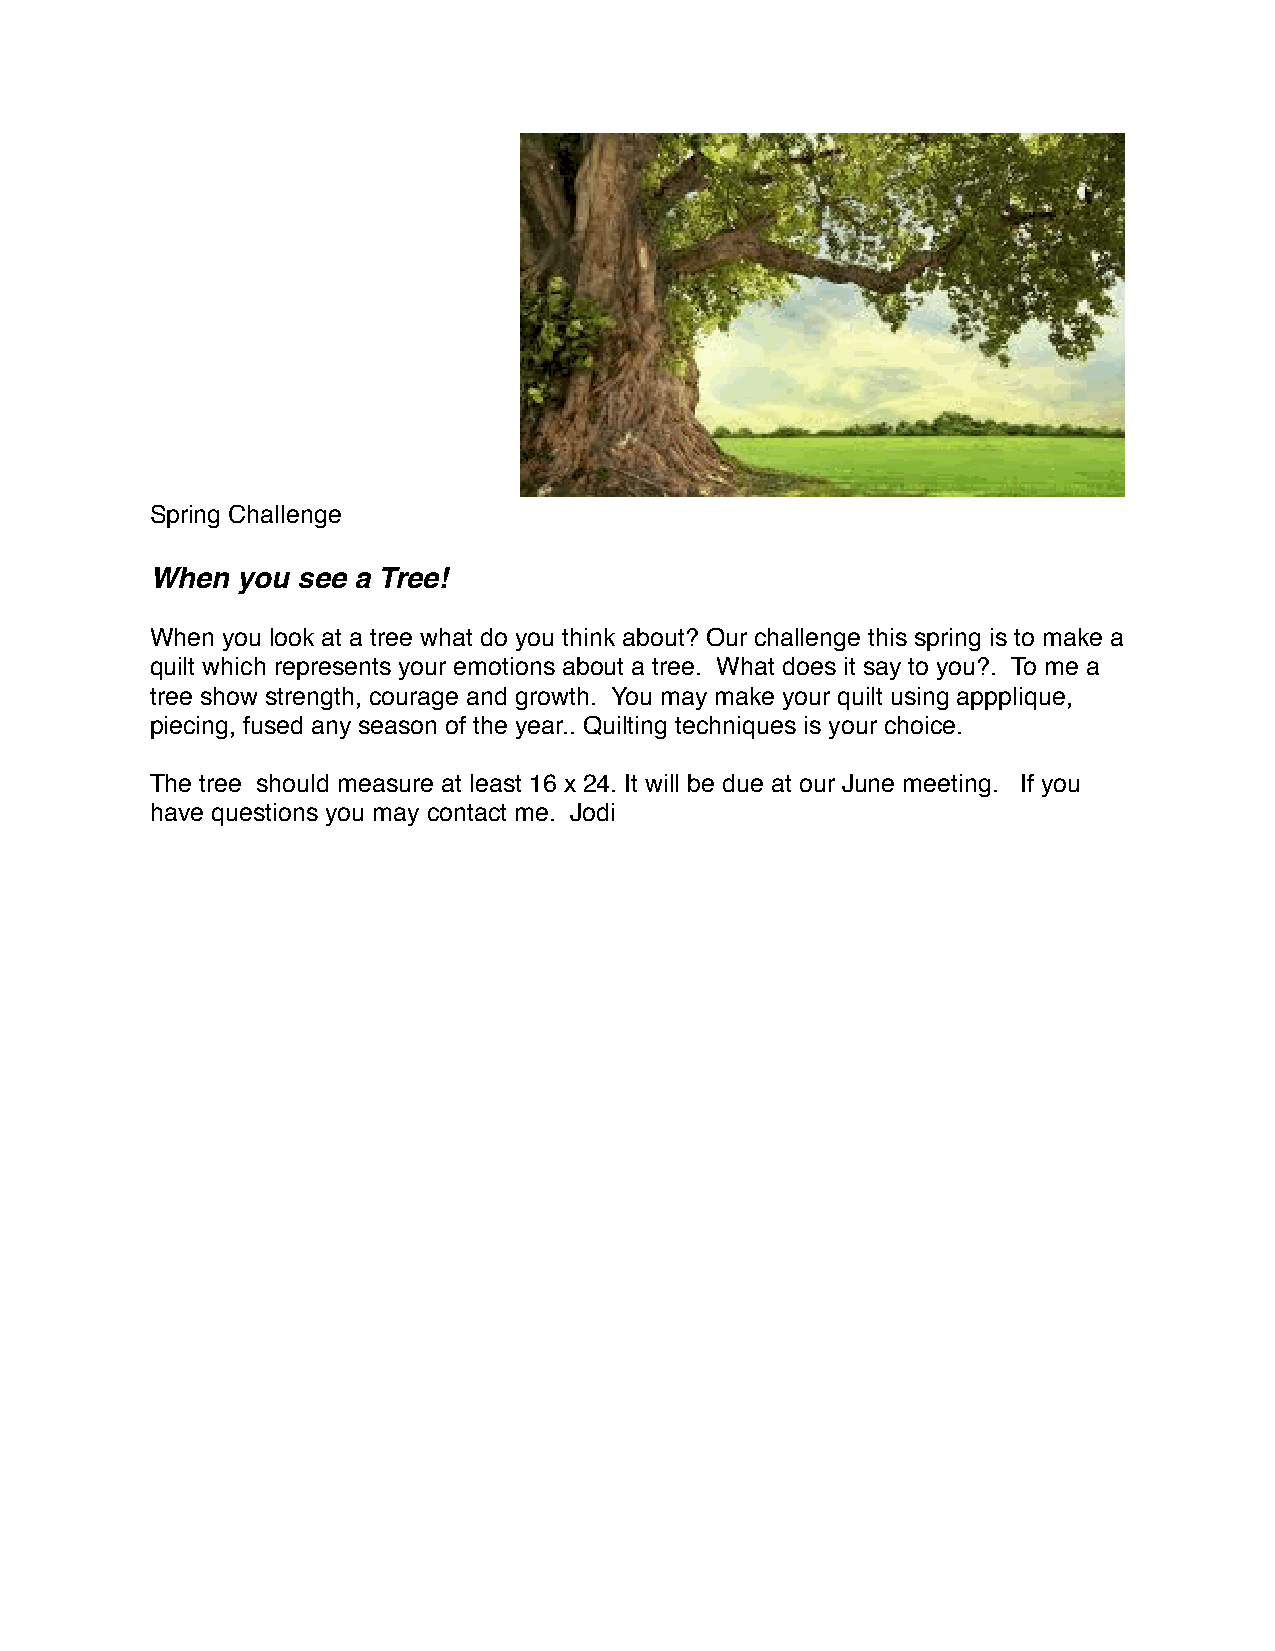
Spring Challenge
 When  you see a Tree!
 When you look at a tree what do you think about? Our challenge this spring is to make a
 quilt which represents your emotions about a tree. What does it say to you?. To me a
 tree show strength, courage and growth. You may make your quilt using appplique,
 piecing, fused any season of the year.. Quilting techniques is your choice.
 The tree should measure at least 16 x 24. It will be due at our June meeting. If you
 have questions you may contact me. Jodi